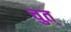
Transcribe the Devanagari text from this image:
चुत्